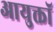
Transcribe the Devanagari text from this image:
आयुक्तॉ